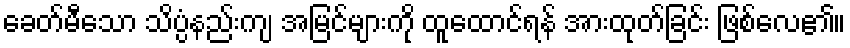
ခေတ်မီသော သိပ္ပံနည်းကျ အမြင်များကို ထူထောင်ရန် အားထုတ်ခြင်း ဖြစ်လေ၏။